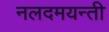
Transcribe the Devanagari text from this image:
नलदमयन्ती